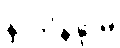
နာဘိနန္ဒာမိ